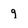
Character: 9